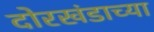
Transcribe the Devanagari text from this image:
दोरखंडाच्या